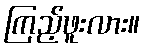
ကြည့်ဖူးလား။